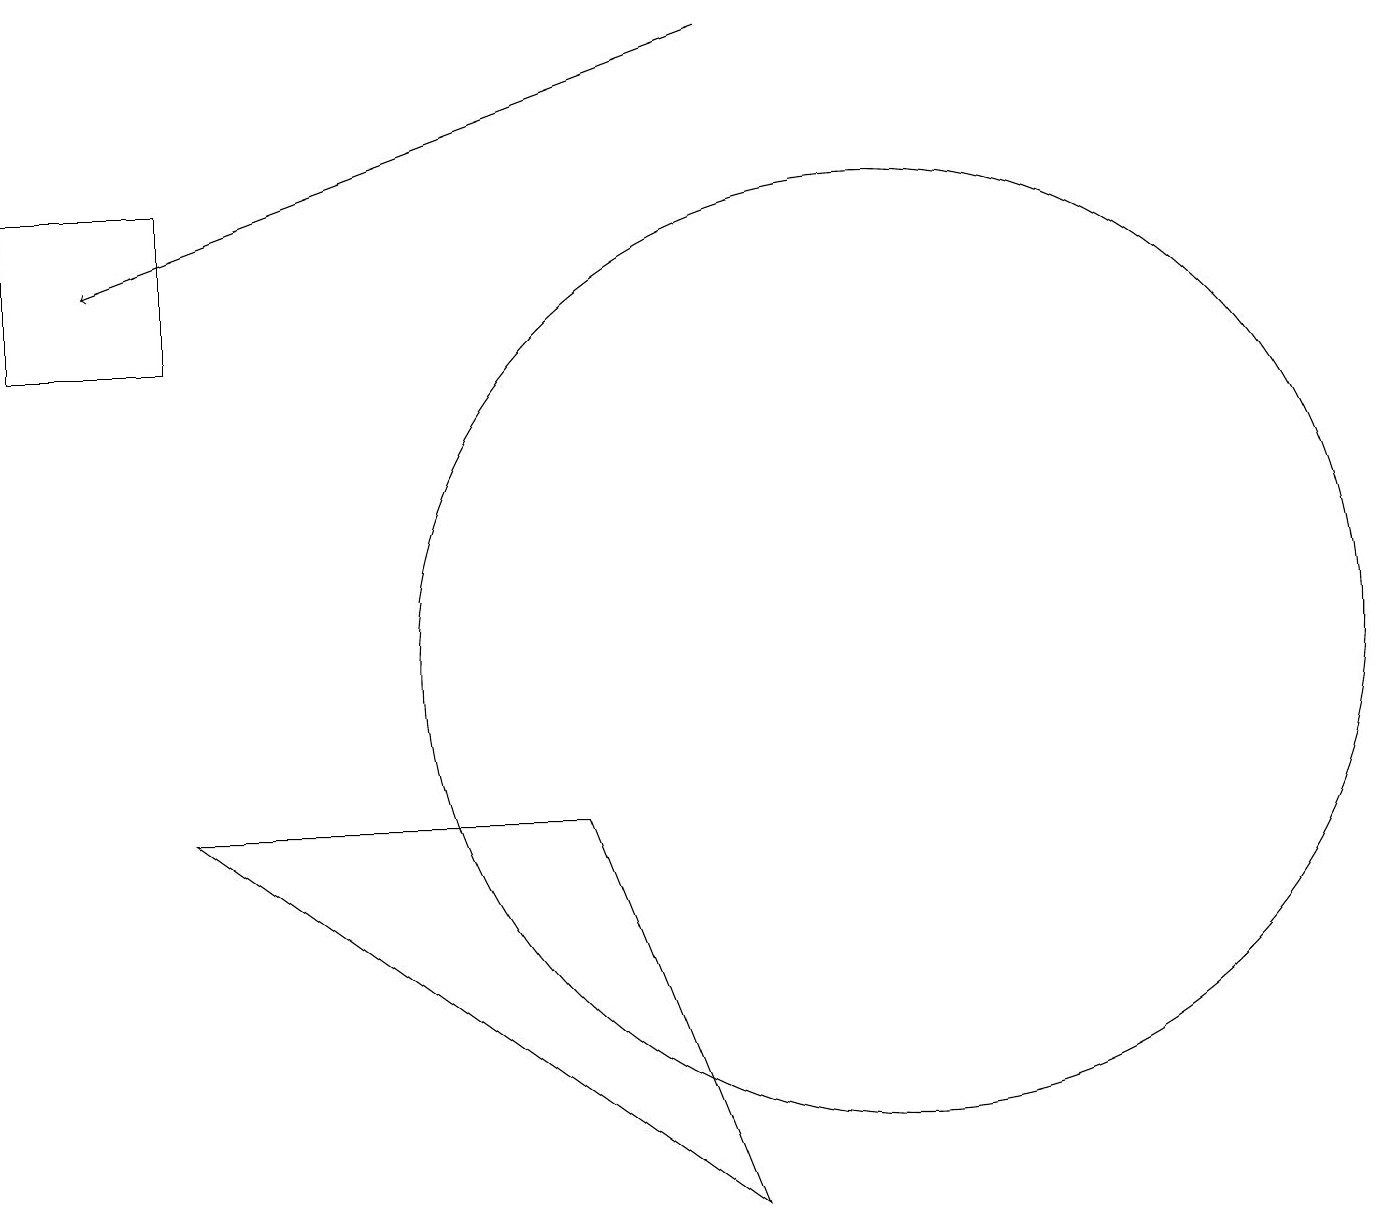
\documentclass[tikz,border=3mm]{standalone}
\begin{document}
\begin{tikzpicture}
\draw (11,11) circle (6);
\draw (9,4) -- (7,9) -- (2,9) -- cycle;
\draw[->] (9,19) -- (1,16);
\draw (2,17) rectangle (0,15);
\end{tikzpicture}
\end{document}